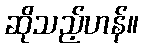
ဆိုသည့်ဟန်။